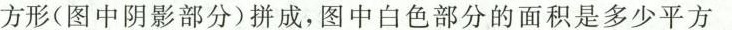
方形(图中阴影部分)拼成，图中白色部分的面积是多少平方